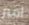
امبر